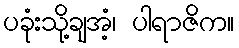
ပခုံးသို့ချအံ့၊ ပါရာဇိက။